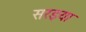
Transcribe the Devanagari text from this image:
सरइया